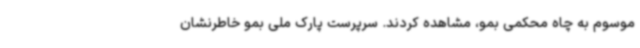
موسوم به چاه محکمی بمو، مشاهده کردند. سرپرست پارک ملی بمو خاطرنشان